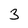
Character: 3